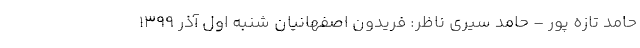
حامد تازه پور – حامد سیری ناظر: فریدون اصفهانیان شنبه اول آذر ۱۳۹۹